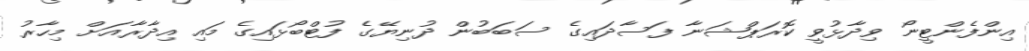
އިންފެންޓީނޯ ވިދާޅުވީ ކޮރަޕްޝަނާ ފަސާދައިގެ ސަބަބުން ދުނިޔޭގެ ފުޓްބޯޅައިގެ މައި އިދާރާއަށް މިހާރު